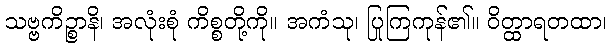
သဗ္ဗကိဉ္စာနိ၊ အလုံးစုံ ကိစ္စတို့ကို။ အကံသု၊ ပြုကြကုန်၏။ ဝိတ္ထာရတထာ၊